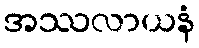
အဿလာယနံ